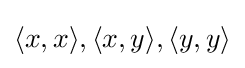
\langle x,x\rangle ,\langle x,y\rangle ,\langle y,y\rangle